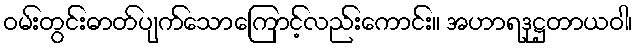
ဝမ်းတွင်းဓာတ်ပျက်သောကြောင့်လည်းကောင်း။ အဟာရဒုဋ္ဌတာယဝါ၊